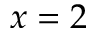
x = 2